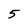
Character: 5